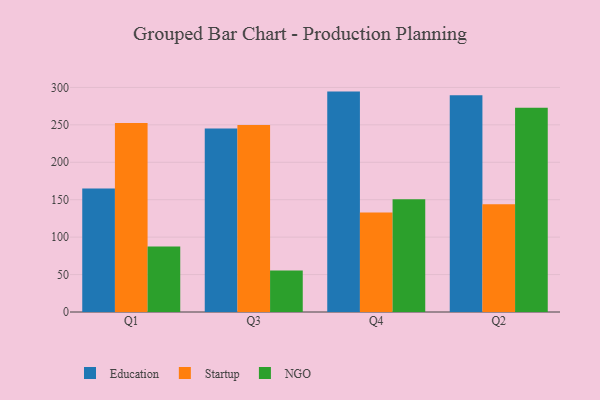
{"axis": {"x": "Quarter", "y": "Churn Rate (%)"}, "legend": ["Education", "NGO", "Startup"], "data": [{"x": "Q1", "y": 165.0, "type": "Education"}, {"x": "Q1", "y": 252.6, "type": "Startup"}, {"x": "Q1", "y": 87.4, "type": "NGO"}, {"x": "Q3", "y": 245.0, "type": "Education"}, {"x": "Q3", "y": 249.8, "type": "Startup"}, {"x": "Q3", "y": 55.4, "type": "NGO"}, {"x": "Q4", "y": 294.4, "type": "Education"}, {"x": "Q4", "y": 133.0, "type": "Startup"}, {"x": "Q4", "y": 150.7, "type": "NGO"}, {"x": "Q2", "y": 289.6, "type": "Education"}, {"x": "Q2", "y": 143.8, "type": "Startup"}, {"x": "Q2", "y": 272.9, "type": "NGO"}]}